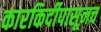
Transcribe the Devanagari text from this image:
कारकिर्दीपासूनच